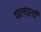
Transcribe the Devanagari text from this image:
पालघरची